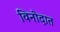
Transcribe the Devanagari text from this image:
विनोदात